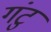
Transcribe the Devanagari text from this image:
गंटु